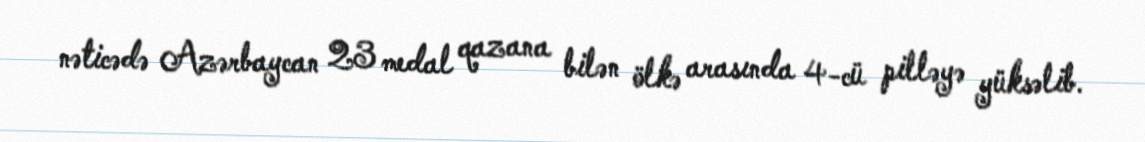
nəticədə Azərbaycan 23 medal qazana bilən ölkə arasında 4-cü pilləyə yüksəlib.